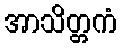
အာသိတ္တကံ